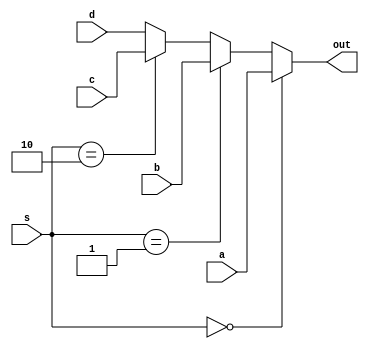
module Mux4to1(a, b, c, d, s, out);
    parameter N = 32;
    input[N - 1:0] a, b, c, d;
    input[1:0] s;

    output[N - 1:0] out;

    assign out = (s == 2'b00)? a :
                 (s == 2'b01)? b :
                 (s == 2'b10)? c : d;
endmodule